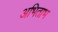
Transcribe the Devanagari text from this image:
अभिताभ